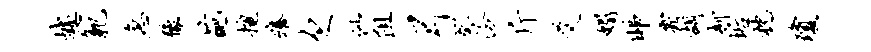
墟范急豫葩擅痒欠似阻弓癸泠斤爻媚睇霜胡柳垢枕琼